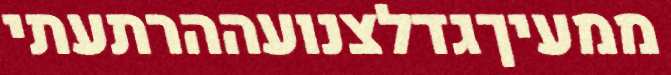
ממעיךגדלצנועההרתעתי